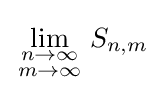
\lim _{\begin{smallmatrix}n\to \infty \\m\to \infty \end{smallmatrix}}S_{n,m}